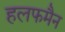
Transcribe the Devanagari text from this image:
हलफमैन